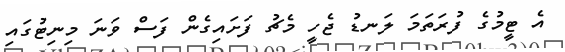
އެ ޓީމުގެ ފުރަތަމަ ލަނޑު ޖެހީ މެޗު ފަށައިގެން ފަސް ވަނަ މިނިޓުގައި